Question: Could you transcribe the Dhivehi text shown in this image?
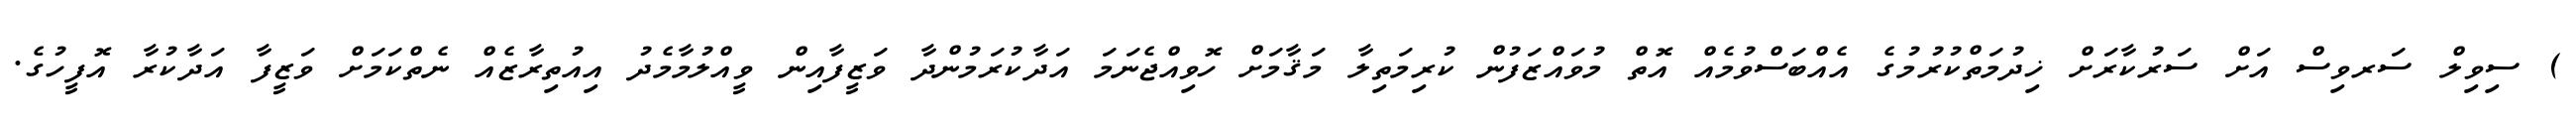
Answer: ) ސިވިލް ސަރވިސް އަށް ސަރުކާރަށް ޚިދުމަތްކުރުމުގެ އެއްބަސްވުމެއް އޮތް މުވައްޒަފުން ކުރިމަތިލާ މަޤާމަށް ހޮވިއްޖެނަމަ އަދާކުރަމުންދާ ވަޒީފާއިން ވީއްލުމާމެދު އިއުތިރާޒެއް ނެތްކަމަށް ވަޒީފާ އަދާކުރާ އޮފީހުގެ.